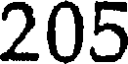
205